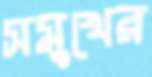
সমুখের